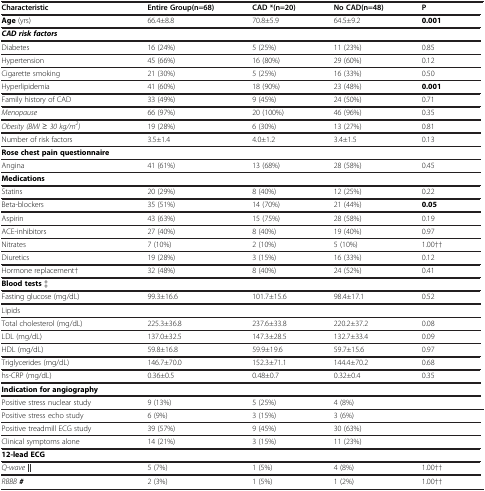
<table><thead><tr><td><b>Characteristic</b></td><td><b>Entire Group(n=68)</b></td><td><b>CAD *(n=20)</b></td><td><b>No CAD(n=48)</b></td><td><b>P</b></td></tr></thead><tbody><tr><td><b>Age</b> (yrs)</td><td>66.4±8.8</td><td>70.8±5.9</td><td>64.5±9.2</td><td><b>0.001</b></td></tr><tr><td><b><i>CAD risk factors</i></b></td><td> </td><td> </td><td> </td><td> </td></tr><tr><td>Diabetes</td><td>16 (24%)</td><td>5 (25%)</td><td>11 (23%)</td><td>0.85</td></tr><tr><td>Hypertension</td><td>45 (66%)</td><td>16 (80%)</td><td>29 (60%)</td><td>0.12</td></tr><tr><td>Cigarette smoking</td><td>21 (30%)</td><td>5 (25%)</td><td>16 (33%)</td><td>0.50</td></tr><tr><td>Hyperlipidemia</td><td>41 (60%)</td><td>18 (90%)</td><td>23 (48%)</td><td><b>0.001</b></td></tr><tr><td>Family history of CAD</td><td>33 (49%)</td><td>9 (45%)</td><td>24 (50%)</td><td>0.71</td></tr><tr><td><i>Menopause</i></td><td>66 (97%)</td><td>20 (100%)</td><td>46 (96%)</td><td>0.35</td></tr><tr><td><i>Obesity (BMI ≥ 30 kg/m</i><sup><i>2</i></sup><i>)</i></td><td>19 (28%)</td><td>6 (30%)</td><td>13 (27%)</td><td>0.81</td></tr><tr><td>Number of risk factors</td><td>3.5±1.4</td><td>4.0±1.2</td><td>3.4±1.5</td><td>0.13</td></tr><tr><td><b>Rose chest pain questionnaire</b></td><td> </td><td> </td><td> </td><td> </td></tr><tr><td>Angina</td><td>41 (61%)</td><td>13 (68%)</td><td>28 (58%)</td><td>0.45</td></tr><tr><td><b>Medications</b></td><td> </td><td> </td><td> </td><td> </td></tr><tr><td>Statins</td><td>20 (29%)</td><td>8 (40%)</td><td>12 (25%)</td><td>0.22</td></tr><tr><td>Beta-blockers</td><td>35 (51%)</td><td>14 (70%)</td><td>21 (44%)</td><td><b>0.05</b></td></tr><tr><td>Aspirin</td><td>43 (63%)</td><td>15 (75%)</td><td>28 (58%)</td><td>0.19</td></tr><tr><td>ACE-inhibitors</td><td>27 (40%)</td><td>8 (40%)</td><td>19 (40%)</td><td>0.97</td></tr><tr><td>Nitrates</td><td>7 (10%)</td><td>2 (10%)</td><td>5 (10%)</td><td>1.00††</td></tr><tr><td>Diuretics</td><td>19 (28%)</td><td>3 (15%)</td><td>16 (33%)</td><td>0.12</td></tr><tr><td>Hormone replacement†</td><td>32 (48%)</td><td>8 (40%)</td><td>24 (52%)</td><td>0.41</td></tr><tr><td><b>Blood tests</b> ‡</td><td> </td><td> </td><td> </td><td> </td></tr><tr><td>Fasting glucose (mg/dL)</td><td>99.3±16.6</td><td>101.7±15.6</td><td>98.4±17.1</td><td>0.52</td></tr><tr><td>Lipids</td><td> </td><td> </td><td> </td><td> </td></tr><tr><td>Total cholesterol (mg/dL)</td><td>225.3±36.8</td><td>237.6±33.8</td><td>220.2±37.2</td><td>0.08</td></tr><tr><td>LDL (mg/dL)</td><td>137.0±32.5</td><td>147.3±28.5</td><td>132.7±33.4</td><td>0.09</td></tr><tr><td>HDL (mg/dL)</td><td>59.8±16.8</td><td>59.9±19.6</td><td>59.7±15.6</td><td>0.97</td></tr><tr><td>Triglycerides (mg/dL)</td><td>146.7±70.0</td><td>152.3±71.1</td><td>144.4±70.2</td><td>0.68</td></tr><tr><td>hs-CRP (mg/dL)</td><td>0.36±0.5</td><td>0.48±0.7</td><td>0.32±0.4</td><td>0.35</td></tr><tr><td><b>Indication for angiography</b></td><td> </td><td> </td><td> </td><td> </td></tr><tr><td>Positive stress nuclear study</td><td>9 (13%)</td><td>5 (25%)</td><td>4 (8%)</td><td> </td></tr><tr><td>Positive stress echo study</td><td>6 (9%)</td><td>3 (15%)</td><td colspan="2">3 (6%)</td></tr><tr><td>Positive treadmill ECG study</td><td>39 (57%)</td><td>9 (45%)</td><td colspan="2">30 (63%)</td></tr><tr><td>Clinical symptoms alone</td><td>14 (21%)</td><td>3 (15%)</td><td colspan="2">11 (23%)</td></tr><tr><td><b>12-lead ECG</b></td><td> </td><td> </td><td> </td><td> </td></tr><tr><td><i>Q-wave</i><b><i>||</i></b></td><td>5 (7%)</td><td>1 (5%)</td><td>4 (8%)</td><td>1.00††</td></tr><tr><td><i>RBBB</i><b><i>#</i></b></td><td>2 (3%)</td><td>1 (5%)</td><td>1 (2%)</td><td>1.00††</td></tr></tbody></table>